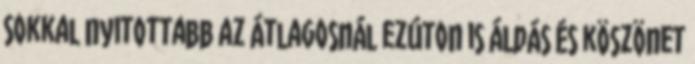
sokkal nyitottabb az átlagosnál ezúton is áldás és köszönet